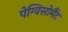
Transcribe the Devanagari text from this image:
पेग्विसोमैंट